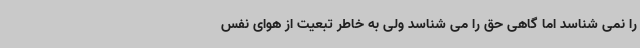
را نمی شناسد اما گاهی حق را می شناسد ولی به خاطر تبعیت از هوای نفس